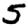
Digit: 5